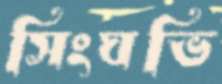
সিংঘভি